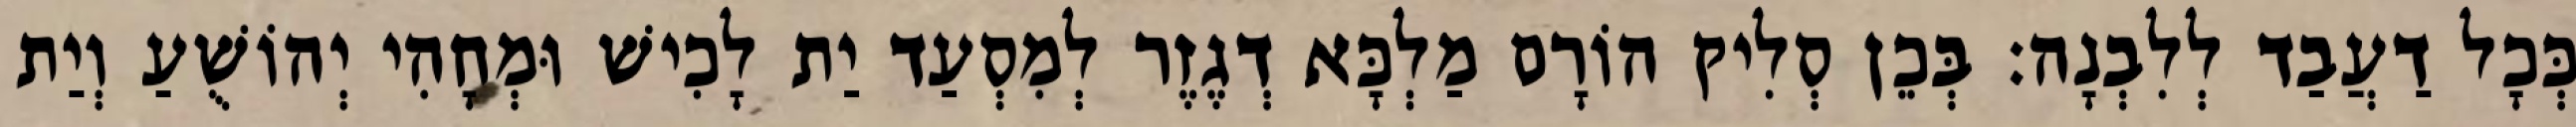
כְּכָל דַעֲבַד לְלִבְנָה׃ בְּכֵן סְלִיק הוֹרָם מַלְכָּא דְגֶזֶר לְמִסְעַד יַת לָכִישׁ וּמְחָהִי יְהוֹשֻׁעַ וְיַת